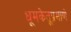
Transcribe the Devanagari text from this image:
धूमकेतूप्रमाणे